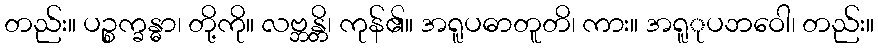
တည်း။ ပဉ္စက္ခန္ဓာ၊ တို့ကို။ လဗ္ဘန္တိ၊ ကုန်၏။ အရူပဓာတူတိ၊ ကား။ အရူုပဘဝေါ၊ တည်း။